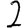
Digit: 2